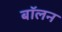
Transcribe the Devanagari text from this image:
बॉलन